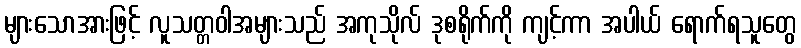
များသောအားဖြင့် လူသတ္တဝါအများသည် အကုသိုလ် ဒုစရိုက်ကို ကျင့်ကာ အပါယ် ရောက်ရသူတွေ